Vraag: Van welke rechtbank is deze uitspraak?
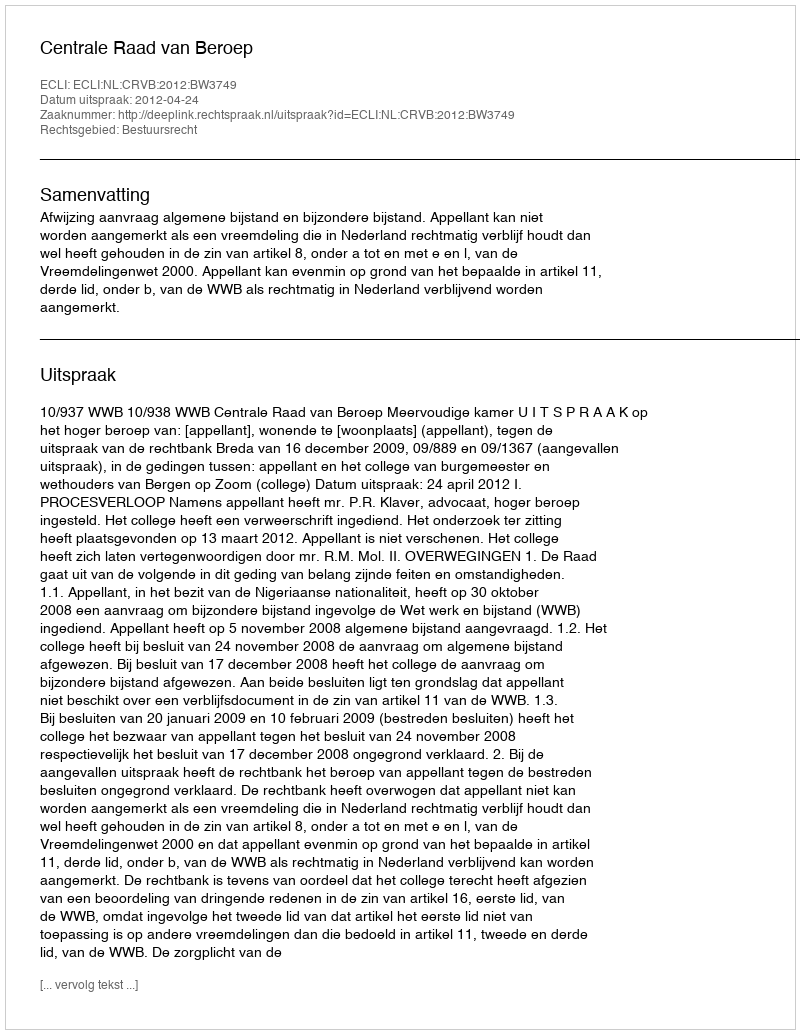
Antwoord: Centrale Raad van Beroep